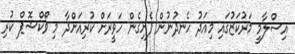
އިސްލާމީ މަރުކަޒުގައި މިއަދު ހެނދުނުން ފެށިގެން ހަވީރަށް ކުރިއަށްދާ މި ވޯކްޝޮޕް ކުރި